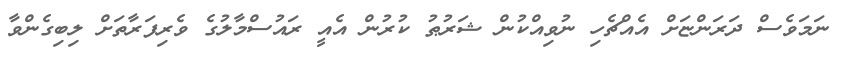
ނަމަވެސް ދަރަންޏަށް އެއްޗެހި ނުވިއްކުން ޝަރުޠު ކުރުން އެއީ ރައުސްމާލުގެ ވެރިފަރާތަށް ލިބިގެންވާ